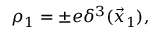
\rho _ { 1 } = \pm e \delta ^ { 3 } ( \vec { x } _ { 1 } ) ,